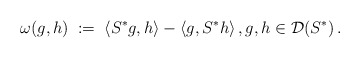
\begin{align*} \omega(g,h)\;:=\;\langle S^*g,h\rangle-\langle g,S^*h\rangle\,,g,h\in\mathcal{D}(S^*)\,.\end{align*}